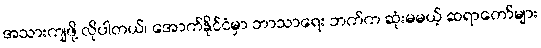
အသားကျဖို့ လိုပါတယ်၊ အောက်နိုင်ငံမှာ ဘာသာရေး ဘက်က ဆုံးမမယ့် ဆရာတော်များ